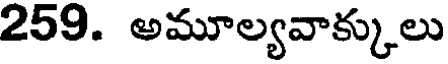
259. అమూల్యవాక్కులు